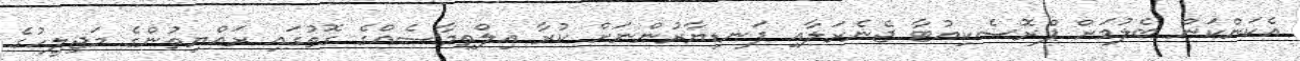
އެކަންކަން ބެލުމަށް ޕްރޮސެކިއުޓާ ޖެނެރަލާއި ފަނޑިޔާރުންނަށް ކުރާ އިލްތިމާސެއްގެ ގޮތުގައި ރައްޔިތުންގެ މަޖިލީހުގެ